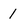
Character: 1